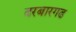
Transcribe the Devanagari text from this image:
दरबारगढ